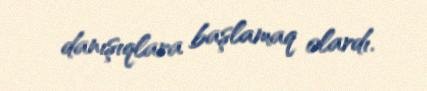
danışıqlara başlamaq olardı.